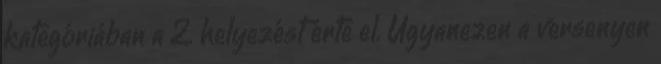
kategóriában a 2. helyezést érte el. Ugyanezen a versenyen